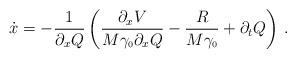
LaTeX: \begin{align*}\dot{x} =-\frac{1}{\partial_{x} Q} \left( \frac{\partial_{x} V}{M\gamma_{\scriptscriptstyle 0} \partial_{x} Q} -\frac{R}{M\gamma_{\scriptscriptstyle 0}}+ \partial_{t} Q \right) \, .\end{align*}